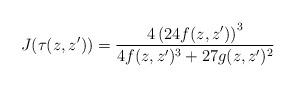
LaTeX: \begin{align*}J(\tau(z,z'))= \frac{ 4\left( 24 f(z,z')\right)^3}{4 f(z,z')^3+ 27 g(z,z')^2}\end{align*}